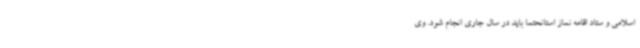
اسلامی و ستاد اقامه نماز استانحتما باید در سال جاری انجام شود. وی